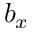
b _ { x }